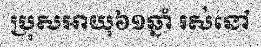
ប្រុសអាយុ៦១ឆ្នាំ រស់នៅ